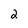
Character: 2